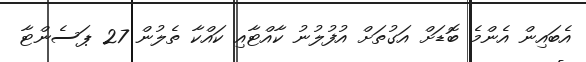
އެބައިން އެންމެ ބޮޑަށް އަގުތަށް އުފުލުނު ކާއްޓާއި ކައްކާ ތެލުން 27 ޕަސެންޓާ